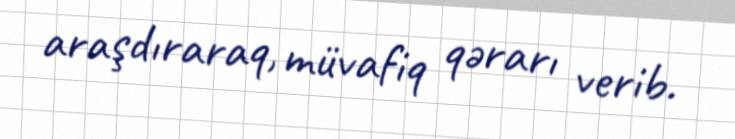
araşdıraraq, müvafiq qərarı verib.